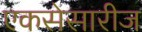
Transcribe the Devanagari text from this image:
एकसेसारीज